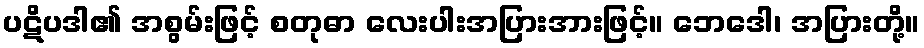
ပဋိပဒါ၏ အစွမ်းဖြင့် စတုဓာ လေးပါးအပြားအားဖြင့်။ ဘေဒေါ၊ အပြားတို့။